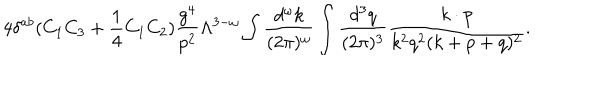
4 \delta ^ { a b } ( C _ { 1 } C _ { 3 } + { \frac { 1 } { 4 } } C _ { 1 } C _ { 2 } ) { \frac { g ^ { 4 } } { p ^ { 2 } } } \Lambda ^ { 3 - \omega } \int { \frac { d ^ { \omega } k } { ( 2 \pi ) ^ { \omega } } } \int { \frac { d ^ { 3 } q } { ( 2 \pi ) ^ { 3 } } } { \frac { k \cdot p } { k ^ { 2 } q ^ { 2 } ( k + p + q ) ^ { 2 } } } .